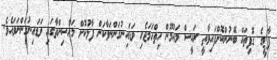
ޕާޓީގެ ގޮފިތައް ބޭނުންކޮށްފައިވާތީ ރައީސް މައުމޫން ހިތްހަމަޖެހި ވަޑައިނުގަންނަވާކަން ފާޅުކޮށް މަހާސިންތާގައި ވަޑައިނުގަންނަވައެވެ.